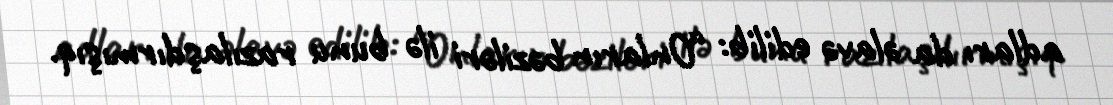
adları da əlavə edilib: “Onların bəziləri ilə bunu razılaşdırmışıq.